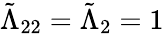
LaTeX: \tilde{\Lambda}_{22}=\tilde{\Lambda}_{2}=1